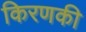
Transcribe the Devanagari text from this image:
किरणकी